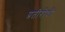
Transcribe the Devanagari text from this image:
प्रतीरोधी